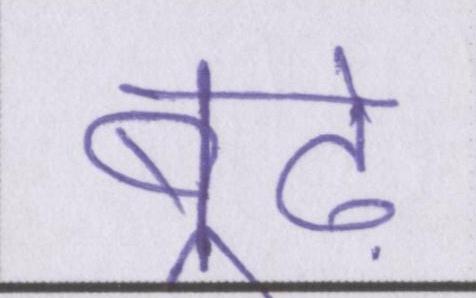
बूढ़े